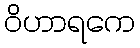
ဝိဟာရကေ